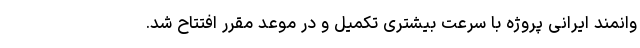
وانمند ایرانی پروژه با سرعت بیشتری تکمیل و در موعد مقرر افتتاح شد.